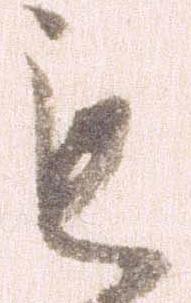
も